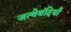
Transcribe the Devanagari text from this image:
जत्थेबंदियाँ